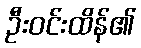
ဦးဝင်းထိန်၏